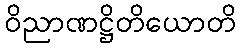
ဝိညာဏဋ္ဌိတိယောတိ